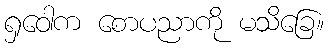
ရှဝေါက စောပညာကို မသိခြေ။